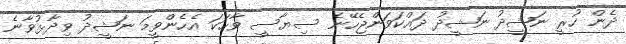
ދެން ހުރީ ނަޝީދު ނަޝީދު ދައްކަވަންޖެހޭނެ ސިޔާސީ ވާހަކަ އެހެންވީމަ ނަޝީދު ވިދާޅުވާނެ